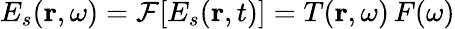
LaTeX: E_{s}(\mathbf{r},\omega)=\mathcal{F}[E_{s}(\mathbf{r},t)]=T(\mathbf{r},\omega)\, F(\omega)